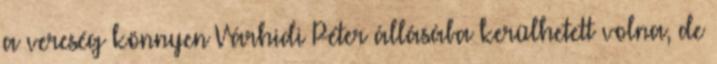
a vereség könnyen Várhidi Péter állásába kerülhetett volna, de